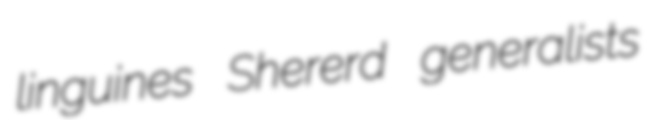
linguines Shererd generalists